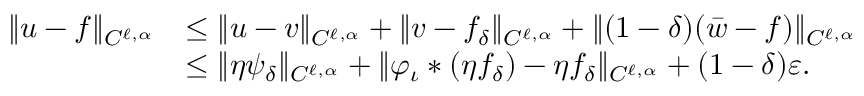
\begin{array} { r l } { \lVert u - f \rVert _ { C ^ { \ell , \alpha } } } & { \leq \lVert u - v \rVert _ { C ^ { \ell , \alpha } } + \lVert v - f _ { \delta } \rVert _ { C ^ { \ell , \alpha } } + \lVert ( 1 - \delta ) ( \bar { w } - f ) \rVert _ { C ^ { \ell , \alpha } } } \\ & { \leq \| \eta \psi _ { \delta } \| _ { C ^ { \ell , \alpha } } + \lVert \varphi _ { \iota } * ( \eta f _ { \delta } ) - \eta f _ { \delta } \rVert _ { C ^ { \ell , \alpha } } + ( 1 - \delta ) \varepsilon . } \end{array}